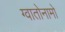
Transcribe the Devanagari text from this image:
ग्वातोनामो